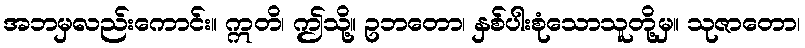
အဘမှလည်းကောင်း။ ဣတိ၊ ဤသို့။ ဥဘတော၊ နှစ်ပါးစုံသောသူတို့မှ။ သုဇာတော၊